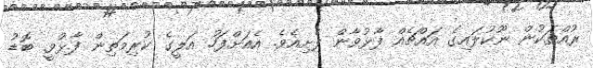
ރުއްތަކުން ނޫކުލައިގެ އައްޗެއް ފާޅުވާން ފެށިއެވެ. އެއަށްފަހު އަލީގެ ކުރިމަތިން ފާޅުވީ